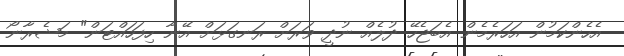
އެހެންކަމުން އަހަރެމެން އެބަޖެހޭ ދުލެއް ނުދީ ވަރަށް ރަނގަޅަށް އޭނާ ހިފަހައްޓަން" މަޝެރާނޯ